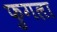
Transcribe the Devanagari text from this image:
फुगला